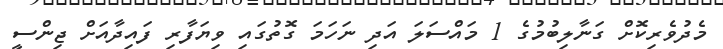
މެދުވެރިކޮށް ގަނާލިބުމުގެ 1 މައްސަލަ އަދި ނަހަމަ ގޮތުގައި ވިޔަފާރި ފައިދާއަށް ޖިންސީ